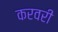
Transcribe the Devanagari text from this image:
करवरी